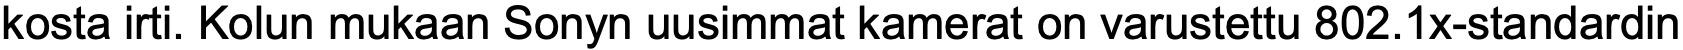
kosta irti. Kolun mukaan Sonyn uusimmat kamerat on varustettu 802.1x-standardin